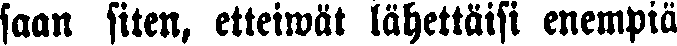
saan siten, etteiwät lähettäisi enempiä